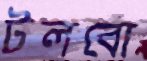
টলবো